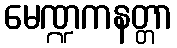
မေဏ္ဍကနတ္တာ